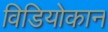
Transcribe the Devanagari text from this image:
विडियोकान